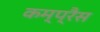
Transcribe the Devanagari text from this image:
कम्प्रैस